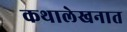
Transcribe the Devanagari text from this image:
कथालेखनात